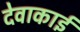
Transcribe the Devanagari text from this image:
देवाकाई